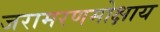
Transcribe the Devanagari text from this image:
जरामरणमोक्षाय